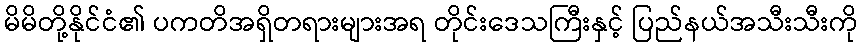
မိမိတို့နိုင်ငံ၏ ပကတိအရှိတရားများအရ တိုင်းဒေသကြီးနှင့် ပြည်နယ်အသီးသီးကို